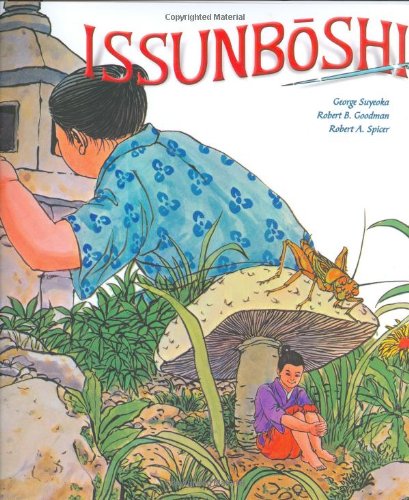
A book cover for Issunboshi; Children's Books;